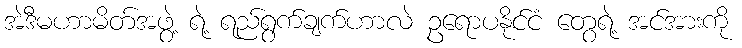
အဲဒီမဟာမိတ်အဖွဲ့ ရဲ့ ရည်ရွက်ချက်ဟာလဲ ဥရောပနိုင်ငံ တွေရဲ့ အင်အားကို